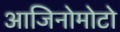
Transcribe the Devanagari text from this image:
आजिनोमोटो